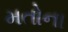
મતોના